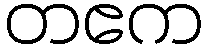
တဧက